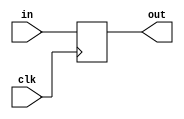
module PC (input clk,input [23:0] in,output reg [23:0] out);  
	initial begin
		out=0;
	end

	always@(posedge clk) begin
		out<=in;
	end
endmodule